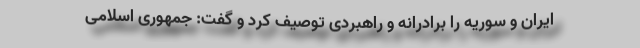
ایران و سوریه را برادرانه و راهبردی توصیف کرد و گفت: جمهوری اسلامی